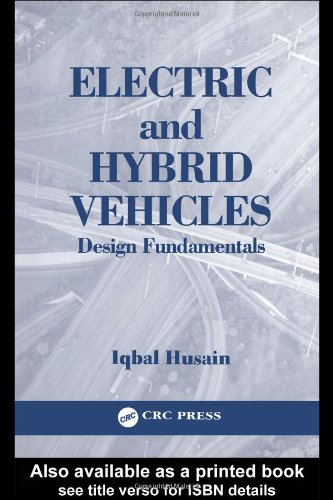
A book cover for Electric and Hybrid Vehicles: Design Fundamentals; Iqbal Husain; Engineering & Transportation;